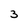
Character: 3